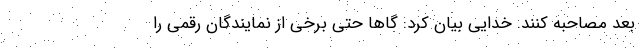
بعد مصاحبه کنند. خدایی بیان کرد: گاها حتی برخی از نمایندگان رقمی را